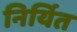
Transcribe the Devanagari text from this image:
निर्यित